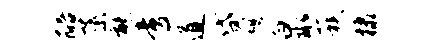
醅蕖熊啻道贷憩泉蔟棣